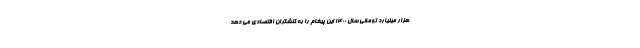
هزار میلیارد تومانی سال ۱۴۰۰ این پیغام را به کنشگران اقتصادی می دهد